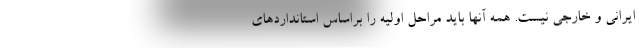
ایرانی و خارجی نیست. همه آنها باید مراحل اولیه را براساس استانداردهای